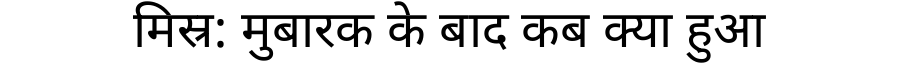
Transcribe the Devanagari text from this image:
मिस्र: मुबारक के बाद कब क्या हुआ